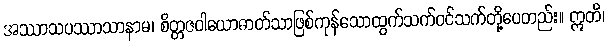
အဿာသပဿာသာနာမ၊ စိတ္တဇဝါယောဓာတ်သာဖြစ်ကုန်သောထွက်သက်ဝင်သက်တို့ပေတည်း။ ဣတိ၊